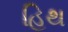
હિથ